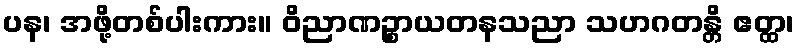
ပန၊ အဖို့တစ်ပါးကား။ ဝိညာဏဉ္စာယတနသညာ သဟဂတန္တိ ဧတ္ထ၊